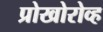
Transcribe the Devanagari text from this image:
प्रोखोरोव्ह